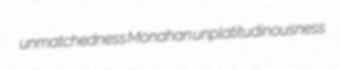
unmatchedness Monahan unplatitudinousness